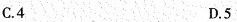
C.4 D.5